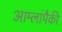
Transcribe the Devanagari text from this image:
आम्लांपैकी